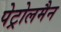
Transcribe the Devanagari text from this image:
पेट्रोलमैन